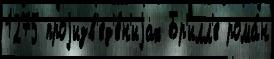
1275 проjизв'ед'е́н'иjах Бр'илл'е рома́н